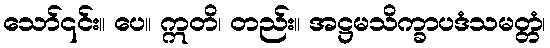
သော်၎င်း။ ပေ။ ဣတိ၊ တည်း။ အဋ္ဌမသိက္ခာပဒံသမတ္တံ၊